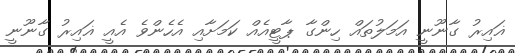
ޣައިރު ގާނޫނީ އަމަލުތައް ހިންގާ ޕާޓީއެއް ކަމަށާއި އެހެންވެ އެއީ ޣައިރު ގާނޫނީ